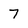
Character: 7